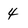
Character: 4